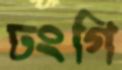
ঢংগি